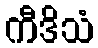
ကီဒိသံ